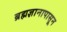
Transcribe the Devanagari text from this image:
ब्रह्मज्ञानापासून